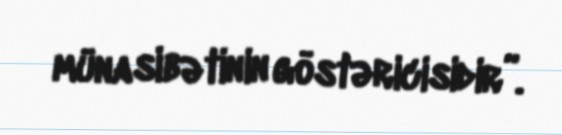
münasibətinin göstəricisidir”.